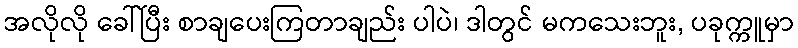
အလိုလို ခေါ်ပြီး စာချပေးကြတာချည်း ပါပဲ၊ ဒါတွင် မကသေးဘူး, ပခုက္ကူမှာ